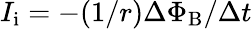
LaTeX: I_{\mathrm{i}}=-(1/r)\Delta\Phi_{\mathrm{B}}/\Delta t